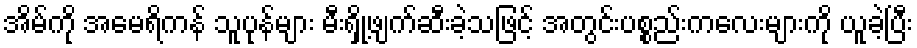
အိမ်ကို အမေရိကန် သူပုန်များ မီးရှို့ဖျက်ဆီးခဲ့သဖြင့် အတွင်းပစ္စည်းကလေးများကို ယူခဲ့ပြီး